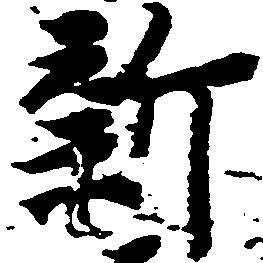
新